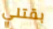
بقتلي